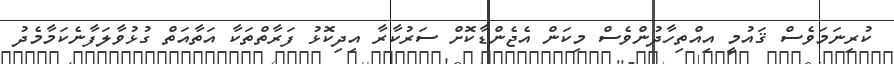
ކުރިނަމަވެސް ޤައުމީ އިއްތިހާދުންވެސް މިކަން އެޖެންޑާކޮށް ސަރުކާރާ އިދިކޮޅު ފަރާތްތަކާ އަތާއަތް ގުޅުވާލަފާނެކަމާމެދު